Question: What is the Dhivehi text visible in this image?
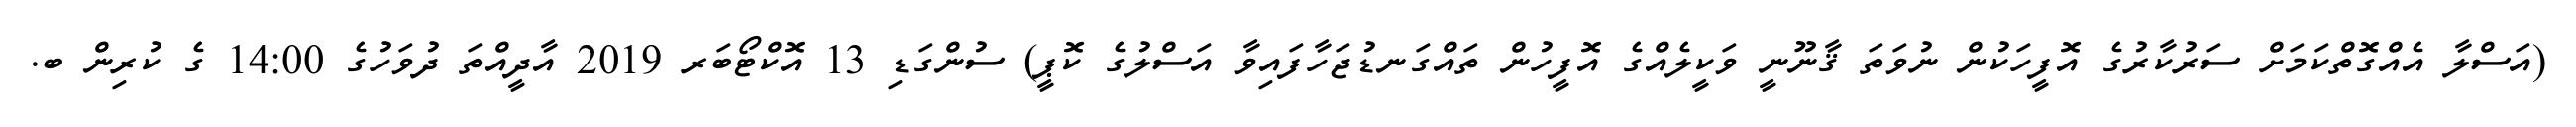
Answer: (އަސްލާ އެއްގޮތްކަމަށް ސަރުކާރުގެ އޮފީހަކުން ނުވަތަ ޤާނޫނީ ވަކީލެއްގެ އޮފީހުން ތައްގަނޑުޖަހާފައިވާ އަސްލުގެ ކޮޕީ) ސުންގަޑި 13 އޮކްޓޯބަރ 2019 އާދީއްތަ ދުވަހުގެ 14:00 ގެ ކުރިން ބ.